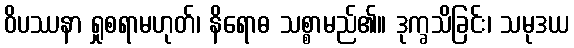
ဝိပဿနာ ရှုစရာမဟုတ်၊ နိရောဓ သစ္စာမည်၏။ ဒုက္ခသိခြင်း၊ သမုဒယ